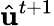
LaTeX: \hat{\mathrm{\mathbf{u}}}^{t+1}